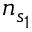
n _ { s _ { 1 } }